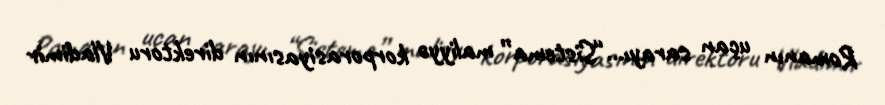
Romanın uçan sarayı...“Sistema” maliyyə korporasiyasının direktoru Vladimir